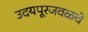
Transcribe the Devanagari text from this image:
उदयपूरजवळचे